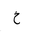
Letter: _kha